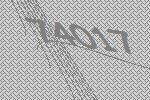
74017